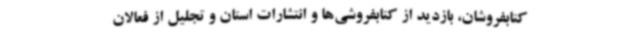
کتابفروشان، بازدید از کتابفروشی‌ها و انتشارات استان و تجلیل از فعالان